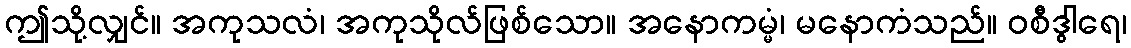
ဤသို့လျှင်။ အကုသလံ၊ အကုသိုလ်ဖြစ်သော။ အနောကမ္မံ၊ မနောကံသည်။ ဝစီဒွါရေ၊